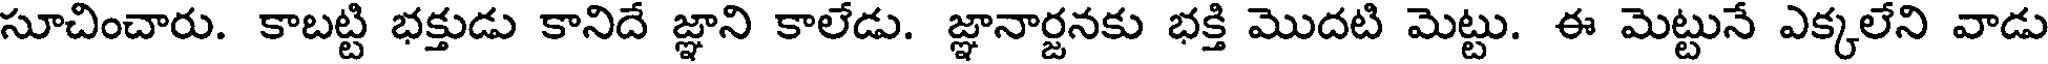
సూచించారు. కాబట్టి భక్తుడు కానిదే జ్ఞాని కాలేడు. జ్ఞానార్జనకు భక్తి మొదటి మెట్టు. ఈ మెట్టునే ఎక్కలేని వాడు